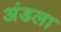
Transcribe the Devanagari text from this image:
अंडला